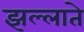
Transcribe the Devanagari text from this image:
झल्लाते